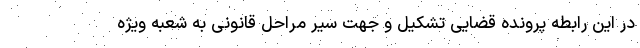
در این رابطه پرونده قضایی تشکیل و جهت سیر مراحل قانونی به شعبه ویژه